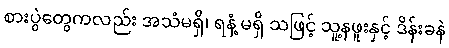
စားပွဲတွေကလည်း အသံမရှိ၊ ရနံ့ မရှိ သဖြင့် သူ့နဖူးနှင့် ဒိန်းခနဲ